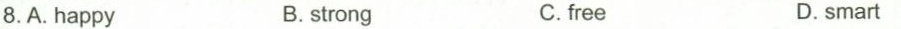
8.A. Happy B. strong C. free D.smart